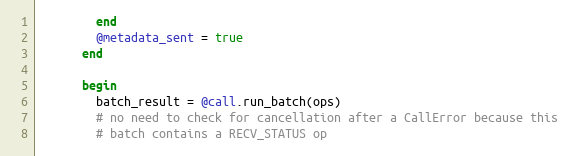
Language: Ruby
        end
        @metadata_sent = true
      end

      begin
        batch_result = @call.run_batch(ops)
        # no need to check for cancellation after a CallError because this
        # batch contains a RECV_STATUS op